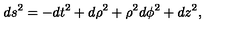
d s ^ { 2 } = - d t ^ { 2 } + d \rho ^ { 2 } + \rho ^ { 2 } d \phi ^ { 2 } + d z ^ { 2 } ,